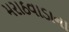
મરાઠવાડાના